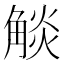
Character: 𧣹